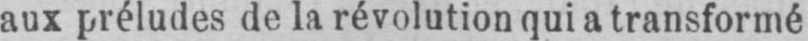
aux préludes de la révolution qui a transformé